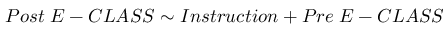
P o s t \; E - C L A S S \sim I n s t r u c t i o n + P r e \; E - C L A S S